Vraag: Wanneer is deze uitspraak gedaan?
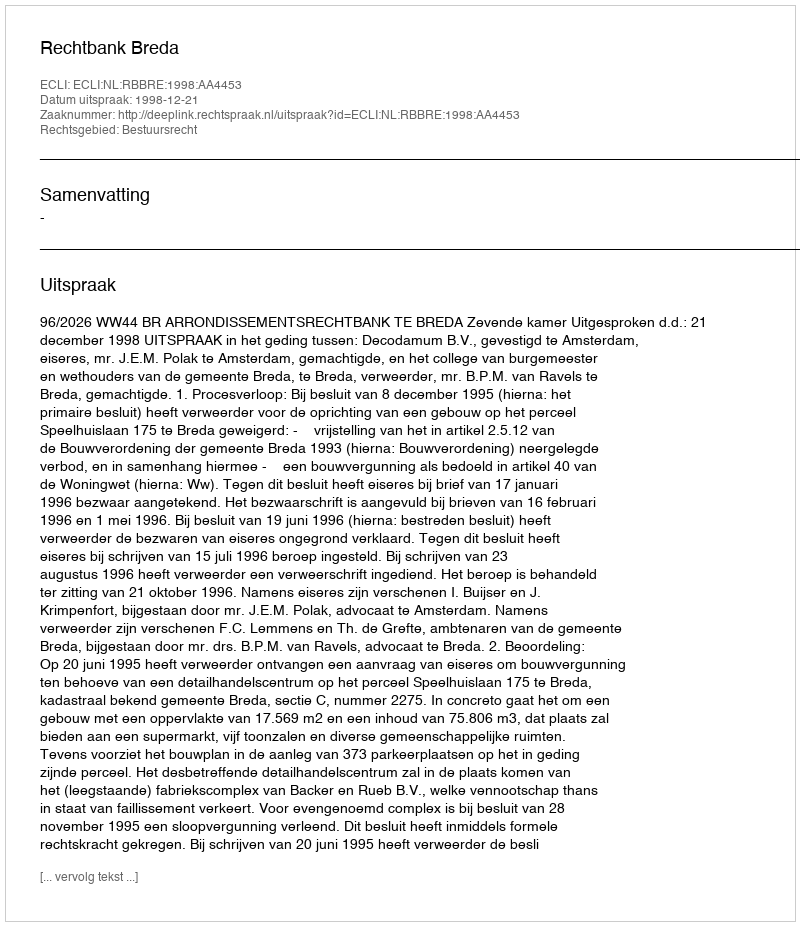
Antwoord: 1998-12-21